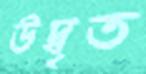
উদ্বৃত